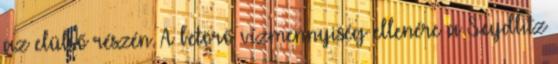
az elülső részén. A betörő vízmennyiség ellenére a Seydlitz